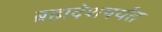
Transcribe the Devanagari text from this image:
ब्रह्मदेशपर्यंत